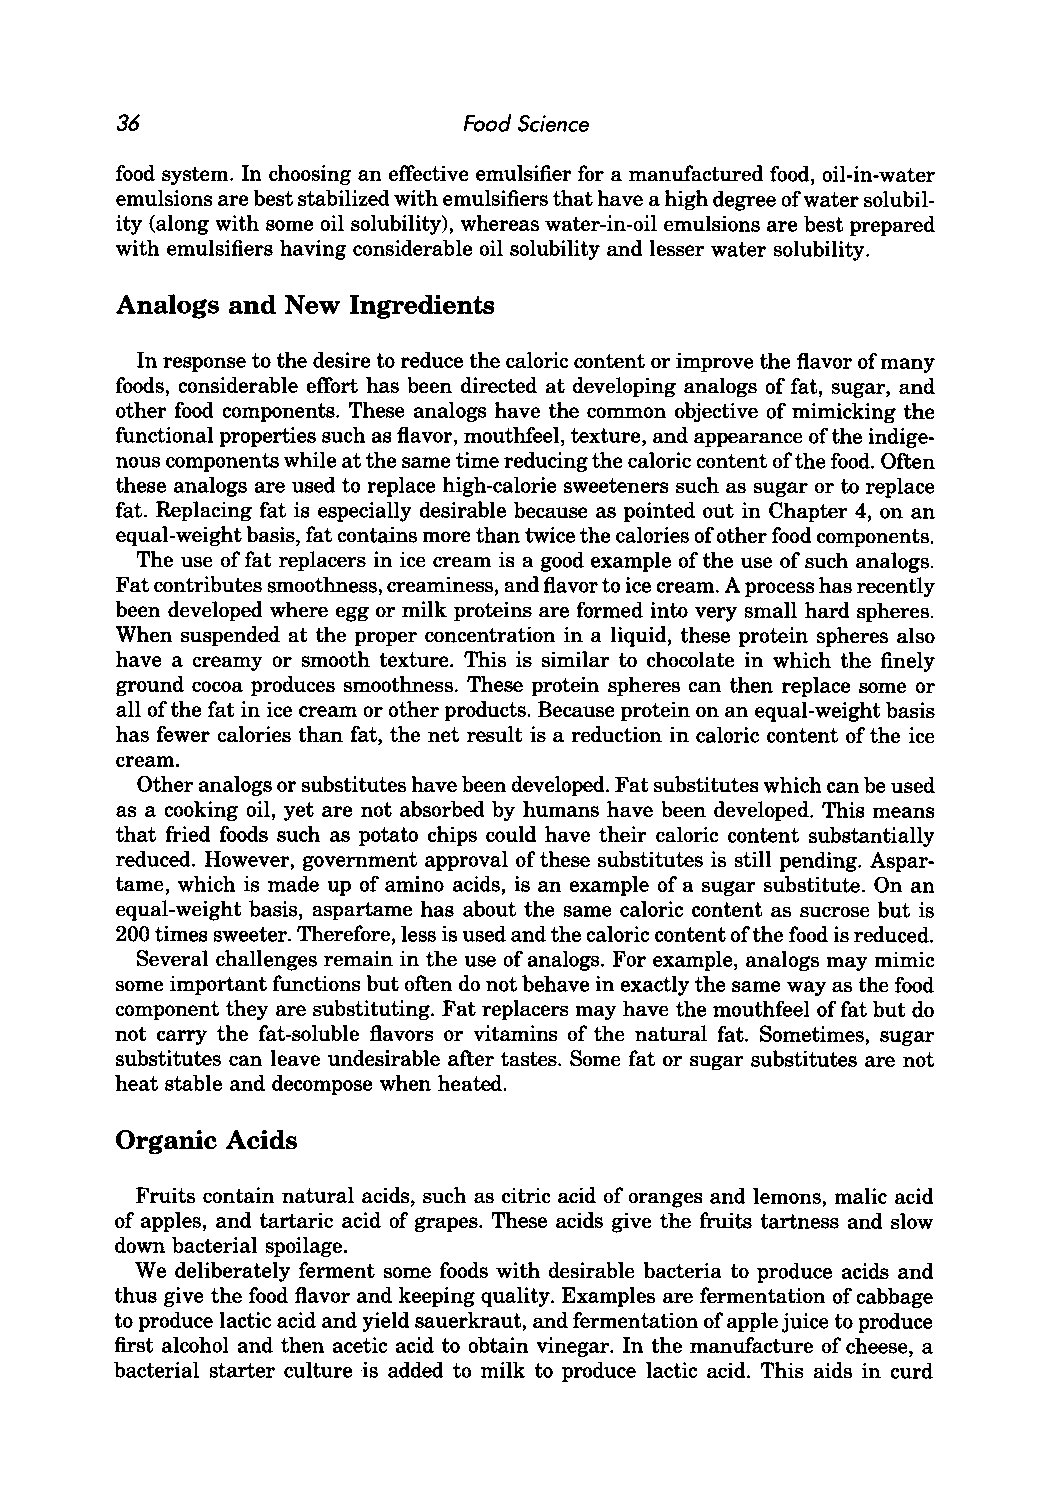
36                     Food Science
 food system. In choosing an effective emulsifier for a manufactured food, oil-in-water
 emulsions are best stabilized with emulsifiers that have a high degree of water solubil
 ity (along with some oil solubility), whereas water-in-oil emulsions are best prepared
 with emulsifiers having considerable oil solubility and lesser water solubility.
 Analogs and New Ingredients
 In response to the desire to reduce the caloric content or improve the flavor of many
 foods, considerable effort has been directed at developing analogs of fat, sugar, and
 other food components. These analogs have the common objective of mimicking the
 functional properties such as flavor, mouthfeel, texture, and appearance of the indige
 nous components while at the same time reducing the caloric content of the food. Often
 these analogs are used to replace high-calorie sweeteners such as sugar or to replace
 fat. Replacing fat is especially desirable because as pointed out in Chapter 4, on an
 equal-weight basis, fat contains more than twice the calories of other food components.
 The use of fat replacers in ice cream is a good example of the use of such analogs.
 Fat contributes smoothness, creaminess, and flavor to ice cream. A process has recently
 been developed where egg or milk proteins are formed into very small hard spheres.
 When suspended at the proper concentration in a liquid, these protein spheres also
 have a creamy or smooth texture. This is similar to chocolate in which the finely
 ground cocoa produces smoothness. These protein spheres can then replace some or
 all of the fat in ice cream or other products. Because protein on an equal-weight basis
 has fewer calories than fat, the net result is a reduction in caloric content of the ice
 cream.
 Other analogs or substitutes have been developed. Fat substitutes which can be used
 as a cooking oil, yet are not absorbed by humans have been developed. This means
 that fried foods such as potato chips could have their caloric content substantially
 reduced. However, government approval of these substitutes is still pending. Aspar
 tame, which is made up of amino acids, is an example of a sugar substitute. On an
 equal-weight basis, aspartame has about the same caloric content as sucrose but is
 200 times sweeter. Therefore, less is used and the caloric content of the food is reduced.
 Several challenges remain in the use of analogs. For example, analogs may mimic
 some important functions but often do not behave in exactly the same way as the food
 component they are substituting. Fat replacers may have the mouthfeel of fat but do
 not carry the fat-soluble flavors or vitamins of the natural fat. Sometimes, sugar
 substitutes can leave undesirable after tastes. Some fat or sugar substitutes are not
 heat stable and decompose when heated.
 Organic Acids
 Fruits contain natural acids, such as citric acid of oranges and lemons, malic acid
 of apples, and tartaric acid of grapes. These acids give the fruits tartness and slow
 down bacterial spoilage.
 We deliberately ferment some foods with desirable bacteria to produce acids and
 thus give the food flavor and keeping quality. Examples are fermentation of cabbage
 to produce lactic acid and yield sauerkraut, and fermentation of apple juice to produce
 first alcohol and then acetic acid to obtain vinegar. In the manufacture of cheese, a
 bacterial starter culture is added to milk to produce lactic acid. This aids in curd